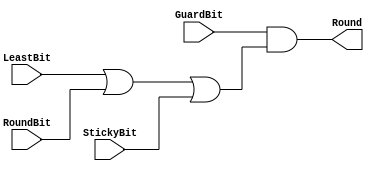
`timescale 1ns / 1ps
//////////////////////////////////////////////////////////////////////////////////
// Company: 
// Engineer: 
// 
// Design Name: 
// Module Name:    RoundControl 
// Project Name: 
// Target Devices: 
// Tool versions: 
// Description: 
//
// Dependencies: 
//
// Revision: 
// Revision 0.01 - File Created
// Additional Comments: 
//
//////////////////////////////////////////////////////////////////////////////////
module RoundControl( LeastBit , GuardBit , RoundBit , StickyBit , Round
    );
	 
	 input LeastBit ;// this the least bit in the mantissa
	 input GuardBit ; // hold the guard bit 
	 input RoundBit ; // hold the additional round bit
	 input StickyBit ; // hold the sticky bit : in out design hold the last discarded bit
	 
	 output Round ; // hold the round control signal 
	 
	 // round to nearest and if tie to even
	 assign Round = GuardBit & ( LeastBit | RoundBit | StickyBit ) ;

endmodule